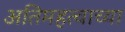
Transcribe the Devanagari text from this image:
अतिमहत्वाच्या